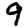
Digit: 9